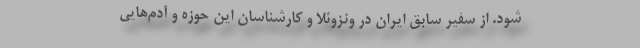
شود. از سفیر سابق ایران در ونزوئلا و کارشناسان این حوزه و آدم‌هایی